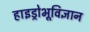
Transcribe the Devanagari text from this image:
हाइड्रोभूविज्ञान